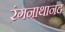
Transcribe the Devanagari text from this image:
रंगनाथानंद